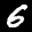
Label: 6